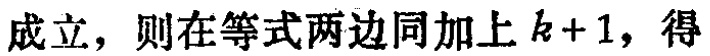
成立，则在等式两边同加上\(k + 1\)，得